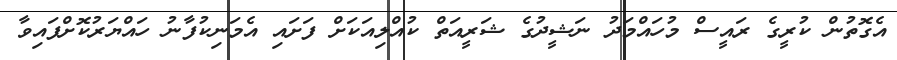
އެގޮތުން ކުރީގެ ރައީސް މުހައްމަދު ނަޝީދުގެ ޝަރީއަތް ކުއްލިއަކަށް ފަށައި އެމަނިކުފާނު ހައްޔަރުކޮށްފައިވާ